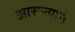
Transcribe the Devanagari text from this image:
आसऱ्याने